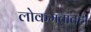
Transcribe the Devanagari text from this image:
लोकमतातही